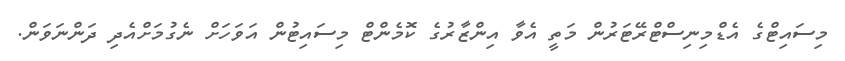
މިސައިޓްގެ އެޑްމިނިސްޓްރޭޓަރުން މަތީ އެވާ އިންޒާރުގެ ކޮމެންޓް މިސައިޓުން އަވަހަށް ނެގުމަށްއެދި ދަންނަވަން.